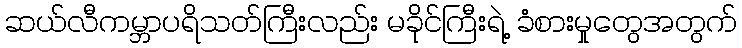
ဆယ်လီကမ္ဘာပရိသတ်ကြီးလည်း မခိုင်ကြီးရဲ့ ခံစားမှုတွေအတွက်